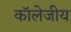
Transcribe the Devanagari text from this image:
कॉलेजीय